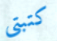
كتبتي